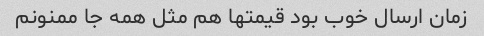
زمان ارسال خوب بود قیمتها هم مثل همه جا ممنونم